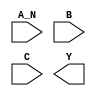
module sky130_fd_sc_lp__nand3b (
    //# {{data|Data Signals}}
    input  A_N,
    input  B  ,
    input  C  ,
    output Y
);

    // Voltage supply signals
    supply1 VPWR;
    supply0 VGND;
    supply1 VPB ;
    supply0 VNB ;

endmodule